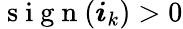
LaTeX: \mathrm{~s~i~g~n~}(\boldsymbol{i}_{k})>0